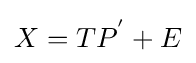
X=TP^{'}+E